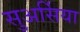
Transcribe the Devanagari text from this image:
सुअर्सिया